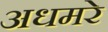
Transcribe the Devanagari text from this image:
अधमरे